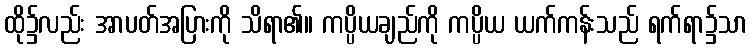
ထို၌လည်း အာပတ်အပြားကို သိရာ၏။ ကပ္ပိယချည်ကို ကပ္ပိယ ယက်ကန်းသည် ရက်ရာ၌သာ